Report of the Imperial Institute of Veterinary Research, Muktesar
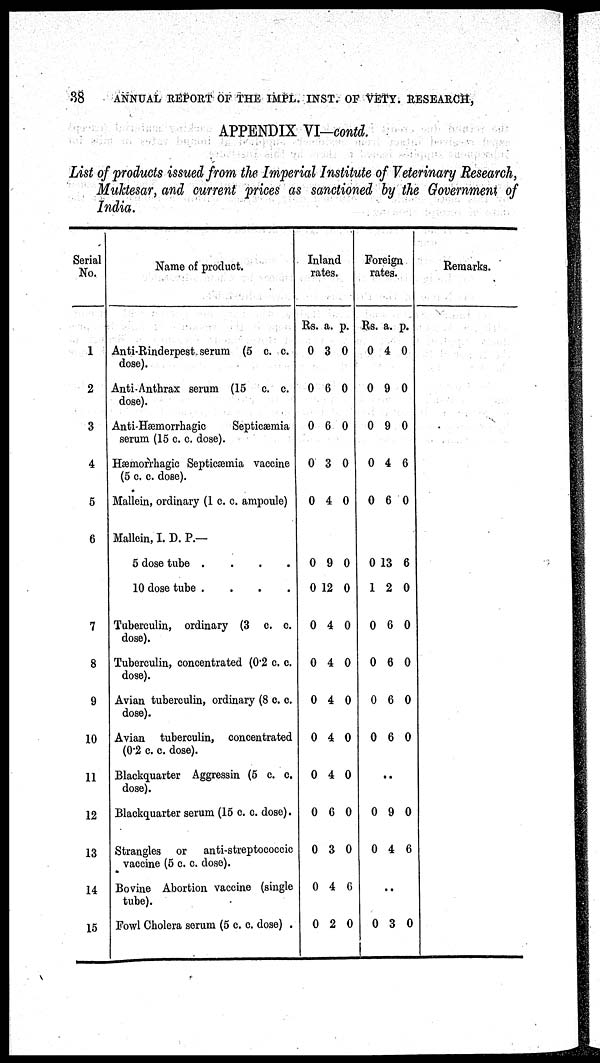
38
ANNUAL REPORT OF THE IMPL. INST. OF VETY. RESEARCH,
APPENDIX VI-contd.
List of products issued from the Imperial Institute of Veterinary Research,
Muktesar, and current prices as sanctioned by the Government of
India.
Serial
No.
1
2
3
4
5
6
7
8
9
10
11
12
13
14
15
Name of product.
Anti-Rinderpest serum (5 c. c.
dose).
Anti-Anthrax serum (15 c. c.
dose).
Anti-Hæmorrhagic
Septicæmia
serum (15 c. c. dose).
Hæmorrhagic Septicæmia vaccine
(5 c. c. dose).
Mallein, ordinary (1 c. c. ampoule)
Mallein, I. D. P.—
5 dose tube
....
10 dose tube
....
Tuberculin, ordinary (3 c. c.
dose).
Tuberculin, concentrated (0.2 c. c.
dose).
Avian tuberculin, ordinary (8 c. c.
dose).
Avian tuberculin, concentrated
(0.2 c. c. dose).
Blackquarter Aggressin (5 c. c.
dose).
Blackquarter serum (15 c. c. dose).
Strangles or anti-streptococcic
vaccine (5 c. c. dose).
Bovine Abortion vaccine (single
tube).
Fowl Cholera serum (5 c. c. dose) .
Inland
rates.
Rs.
0
0
0
0
0
0
0
0
0
0
0
0
0
0
0
0
a.
3
6
6
3
4
9
12
4
4
4
4
4
6
3
4
2
p.
0
0
0
0
0
0
0
0
0
0
0
0
0
0
6
0
Foreign rates.
Rs.
0
0
0
0
0
0
1
0
0
0
0
0
0
0
a.
4
9
9
4
6
13
2
6
6
6
6
..
9
4
..
3
p.
0
0
0
6
0
6
0
0
0
0
0
0
6
0
Remarks.